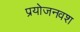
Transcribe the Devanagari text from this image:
प्रयोजनवश